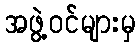
အဖွဲ့ဝင်များမှ